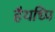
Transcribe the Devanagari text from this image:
हैयध्पि